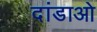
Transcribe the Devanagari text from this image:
दांडाओ